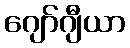
ဂျော်ဂျီယာ